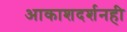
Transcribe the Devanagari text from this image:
आकाशदर्शनही